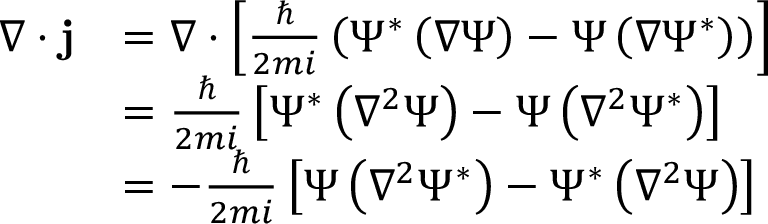
{ \begin{array} { r l } { \nabla \cdot \mathbf { j } } & { = \nabla \cdot \left[ { \frac { \hbar } { 2 m i } } \left( \Psi ^ { * } \left( \nabla \Psi \right) - \Psi \left( \nabla \Psi ^ { * } \right) \right) \right] } \\ & { = { \frac { \hbar } { 2 m i } } \left[ \Psi ^ { * } \left( \nabla ^ { 2 } \Psi \right) - \Psi \left( \nabla ^ { 2 } \Psi ^ { * } \right) \right] } \\ & { = - { \frac { \hbar } { 2 m i } } \left[ \Psi \left( \nabla ^ { 2 } \Psi ^ { * } \right) - \Psi ^ { * } \left( \nabla ^ { 2 } \Psi \right) \right] } \end{array} }